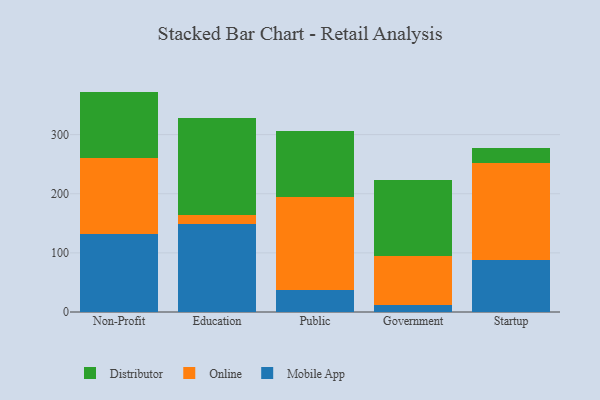
{"axis": {"x": "Segment", "y": "Website Visitors"}, "legend": ["Distributor", "Mobile App", "Online"], "data": [{"x": "Non-Profit", "y": 131.2, "type": "Mobile App"}, {"x": "Non-Profit", "y": 128.9, "type": "Online"}, {"x": "Non-Profit", "y": 112.6, "type": "Distributor"}, {"x": "Education", "y": 148.2, "type": "Mobile App"}, {"x": "Education", "y": 15.5, "type": "Online"}, {"x": "Education", "y": 163.6, "type": "Distributor"}, {"x": "Public", "y": 36.6, "type": "Mobile App"}, {"x": "Public", "y": 158.1, "type": "Online"}, {"x": "Public", "y": 110.7, "type": "Distributor"}, {"x": "Government", "y": 11.7, "type": "Mobile App"}, {"x": "Government", "y": 82.7, "type": "Online"}, {"x": "Government", "y": 129.0, "type": "Distributor"}, {"x": "Startup", "y": 88.1, "type": "Mobile App"}, {"x": "Startup", "y": 163.1, "type": "Online"}, {"x": "Startup", "y": 26.2, "type": "Distributor"}]}